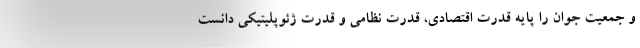
و جمعیت جوان را پایه قدرت اقتصادی، قدرت نظامی و قدرت ژئوپلیتیکی دانست